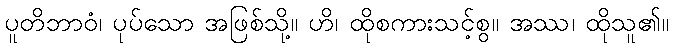
ပူတိဘာဝံ၊ ပုပ်သော အဖြစ်သို့။ ဟိ၊ ထိုစကားသင့်စွ။ အဿ၊ ထိုသူ၏။